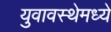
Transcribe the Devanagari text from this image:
युवावस्थेमध्ये